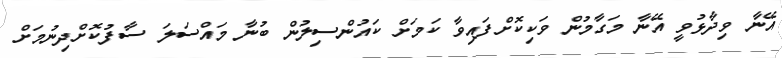
އޭނާ ވިދާޅުވީ އޭނާ މަގާމުން ވަކިކޮށްފައިވާ ކަމަށް ކައުންސިލުން ބުނާ މައްސަލަ ސާފުކޮށްދިނުމަށް